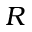
R